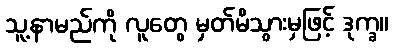
သူ့နာမည်ကို လူတွေ မှတ်မိသွားမှဖြင့် ဒုက္ခ။